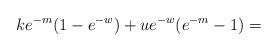
LaTeX: \begin{align*}ke^{-m}(1-e^{-w})+ue^{-w}(e^{-m}-1)= \end{align*}